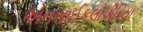
એનસાઈકલોપીડિયા